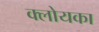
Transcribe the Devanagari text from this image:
क्लोयका